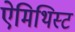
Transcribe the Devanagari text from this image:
ऐमिथिस्ट